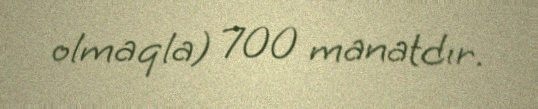
olmaqla) 700 manatdır.